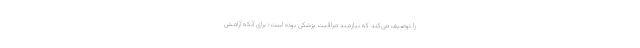
را توصیف می‌کند که نیازمند مراقبت پزشکی بوده است؛ برای آنکه آرامش